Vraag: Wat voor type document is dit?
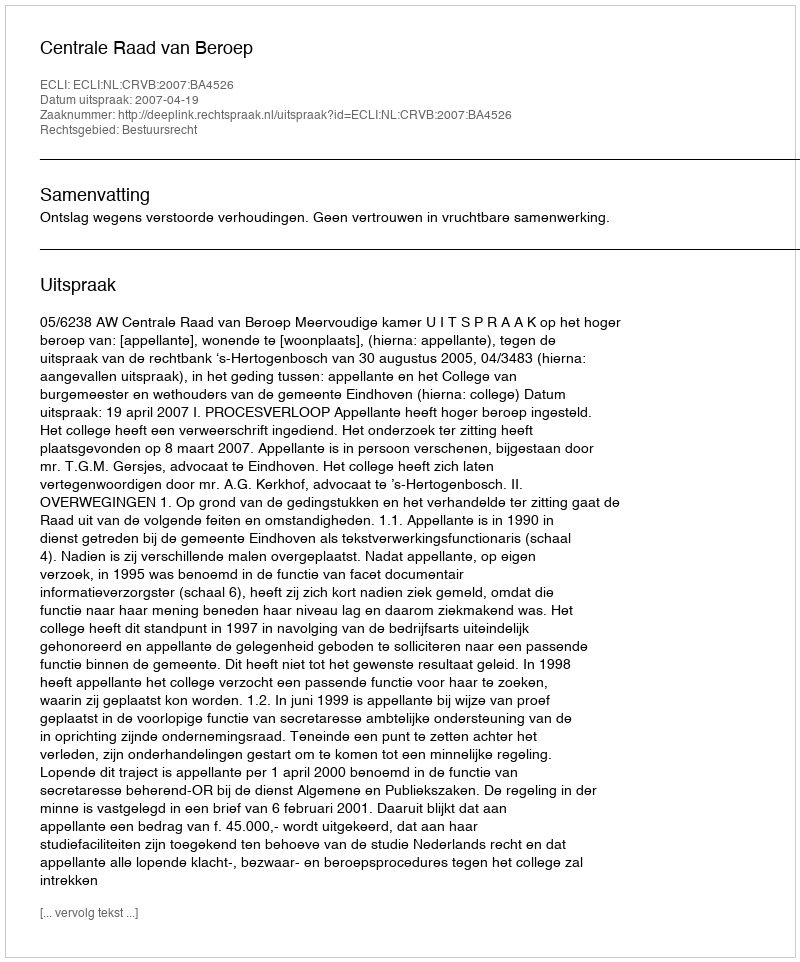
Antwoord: Uitspraak